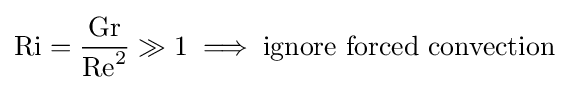
\mathrm {Ri} ={\frac {\mathrm {Gr} }{\mathrm {Re} ^{2}}}\gg 1\implies {\text{ignore forced convection}}